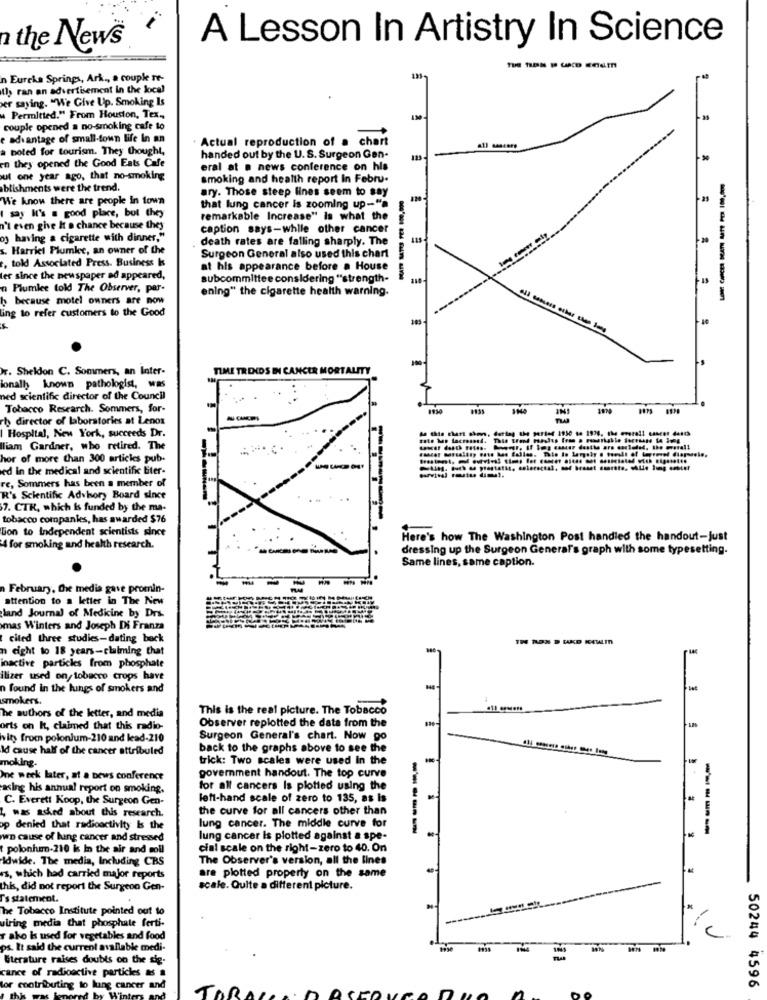
A Lesson In Artistry In Science
the News
n Eureka Springs, Ark ., a couple re-
Il> ran an advertisement in the local
er saying. "We Give Up. Smoking Is
w Permitted." From Houston, Tex .,
couple opened a no-smoking cafe to
e advantage of small-town life In an
Actual reproduction of a chart
a noted for tourism. They thought,
handed out by the U. S. Surgeon Gen-
123
en they opened the Good Eats Cafe
eral at a news conference on his
ut one year ago, that no-smoking
smoking and health report In Febru-
blishments were the trend.
We know there are people In town
ary. Those steep lines seem to say
I say It's a good place, but they
that lung cancer is zooming up-"a
remarkable Increase" is what the
n't even give It a chance because they
caption says-while other cancer
of having a cigarette with dinner,"
death rates are falling sharply. The
s. Harriet Plumke, an owner of the
, told Associated Press. Business k
Surgeon General also used this chart
at his appearance before a House
ler since the newspaper ad appeared,
subcommittee considering "strength-
-----
110
a Plumlee told The Observer, par-
ening" the cigarette health warning.
h because motel owners are now
-------
ing to refer customers to the Good
-----
r. Sheldon C. Sommers, an Inter-
TIME TRENDS IN CANCER MORTALITY
ionally known pathologist, was
ned scientific director of the Council
Tobacco Research. Sommers, for-
h director of laboratories at Lenox
Hospital, New York, succeeds Dr.
liam Gardner, who retired. The
hor of more than 300 articles pub.
ed in the medical and scientific liter-
ing. Huth w prestatie, colorectal, sod braset emette, Alle lmg embtet
re, Sommers has been a member of
R's Scientific Advisory Board since
7. CTR, which Is funded by the ma-
tobacco companies, has awarded $76
Lion to Independent scientists since
Here's how The Washington Post handled the handout-just
4 for smoking and health research.
----
dressing up the Surgeon General's graph with some typesetting.
Same lines, same caption.
n February, Che media gave promin-
attention to a letter in The New
land Journal of Medicine by Drs-
mas Winters and Joseph Di Franza
cited three studies-dating back
n eight to 18 years-claiming that
inactive particles from phosphate
ilizer used on, tobacco crops have
n found in the lungs of smokers and
smokers.
1
This is the real picture. The Tobacco
The authors of the letter, and media
Observer replotted the data from the
orts on It, claimed that this radio-
vity from polonium-210 and lead-210
Surgeon General's chart. Now go
Id cause half of the cancer attribuled
back to the graphs above to see the
moking.
trick: Two scales were used In the
One week later, at a news conference
government handout. The top curve
asing his annual report on smoking.
for all cancers Is plotted using the
C. Everett Koop, the Surgeon Gen-
left-hand scale of zero to 135, as is
the curve for all cancers other than
was asked about this research.
op denied that radioactivity Is the
lung cancer. The middle curve for
-----
----
wn cause of lung cancer and stressed
lung cancer is plotted against a spe-
tpolonhim-210 is In the air and soll
cial scale on the right-zero to 40. On
idwide. The media, Including CRS
The Observer's version, all the lines
are plotted property on the same
rs, which had carried major reports
this, did not report the Surgeon Gen-
scale. Quite a different picture.
T's statement.
The Tobacco Institute pointed out to
uiring media that phosphate ferti-
r ako Is used for vegetables and food
ps. It said the current available medi-
Siterature raises doubts on the sig-
cance of radioactive particles & #
or contributing to lung cancer and
JOR
50244 4596